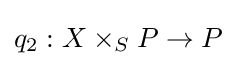
q_{2}:X\times _{S}P\to P